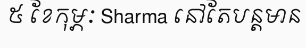
៥ ខែកុម្ភៈ Sharma នៅតែបន្តមាន